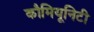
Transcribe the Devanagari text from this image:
कौमियूनिटी